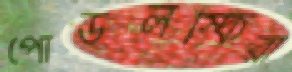
পোডলস্কিরা